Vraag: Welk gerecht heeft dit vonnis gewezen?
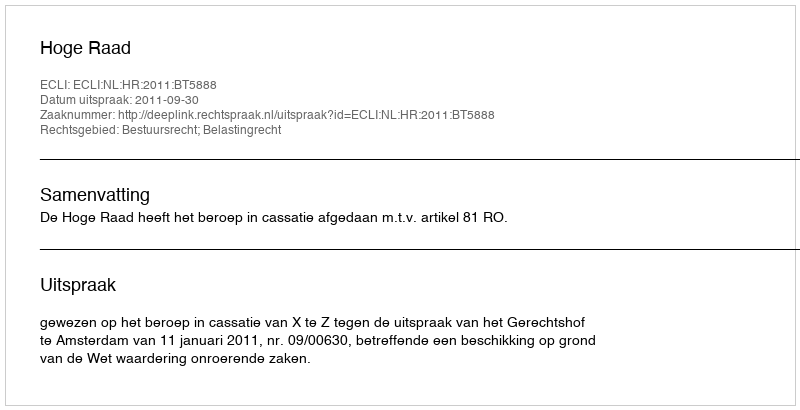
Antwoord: Hoge Raad